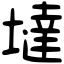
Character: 墶